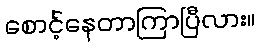
စောင့်နေတာကြာပြီလား။